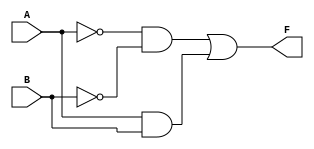
module two_variable_kmap (
    input wire A,  // First input
    input wire B,  // Second input
    output wire F  // Output
);

// Define the output F based on the K-map configuration
// For example, let's assume the K-map is filled such that:
// f(0,0) = 1 (minterm A'B') => A = 0, B = 0
// f(0,1) = 0
// f(1,0) = 0
// f(1,1) = 1 (minterm AB)   => A = 1, B = 1
// Therefore, F = A'B' + AB

assign F = (~A & ~B) | (A & B); // F = A'B' + AB

endmodule